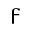
\digamma